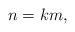
LaTeX: \begin{align*}n = km,\end{align*}